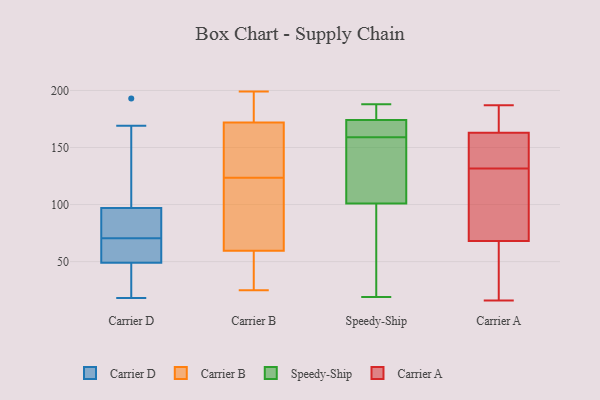
{"axis": {"x": "Conversion Rate (%)", "y": "Value"}, "legend": ["Carrier A", "Carrier B", "Carrier D", "Speedy-Ship"], "data": [{"x": "", "y": 93, "type": "Carrier D"}, {"x": "", "y": 61, "type": "Carrier D"}, {"x": "", "y": 78, "type": "Carrier D"}, {"x": "", "y": 193, "type": "Carrier D"}, {"x": "", "y": 49, "type": "Carrier D"}, {"x": "", "y": 63, "type": "Carrier D"}, {"x": "", "y": 97, "type": "Carrier D"}, {"x": "", "y": 18, "type": "Carrier D"}, {"x": "", "y": 169, "type": "Carrier D"}, {"x": "", "y": 27, "type": "Carrier D"}, {"x": "", "y": 193, "type": "Carrier B"}, {"x": "", "y": 146, "type": "Carrier B"}, {"x": "", "y": 61, "type": "Carrier B"}, {"x": "", "y": 100, "type": "Carrier B"}, {"x": "", "y": 25, "type": "Carrier B"}, {"x": "", "y": 179, "type": "Carrier B"}, {"x": "", "y": 139, "type": "Carrier B"}, {"x": "", "y": 108, "type": "Carrier B"}, {"x": "", "y": 30, "type": "Carrier B"}, {"x": "", "y": 199, "type": "Carrier B"}, {"x": "", "y": 58, "type": "Carrier B"}, {"x": "", "y": 165, "type": "Carrier B"}, {"x": "", "y": 156, "type": "Speedy-Ship"}, {"x": "", "y": 169, "type": "Speedy-Ship"}, {"x": "", "y": 178, "type": "Speedy-Ship"}, {"x": "", "y": 147, "type": "Speedy-Ship"}, {"x": "", "y": 174, "type": "Speedy-Ship"}, {"x": "", "y": 188, "type": "Speedy-Ship"}, {"x": "", "y": 101, "type": "Speedy-Ship"}, {"x": "", "y": 162, "type": "Speedy-Ship"}, {"x": "", "y": 19, "type": "Speedy-Ship"}, {"x": "", "y": 182, "type": "Speedy-Ship"}, {"x": "", "y": 156, "type": "Speedy-Ship"}, {"x": "", "y": 89, "type": "Speedy-Ship"}, {"x": "", "y": 164, "type": "Speedy-Ship"}, {"x": "", "y": 44, "type": "Speedy-Ship"}, {"x": "", "y": 181, "type": "Carrier A"}, {"x": "", "y": 68, "type": "Carrier A"}, {"x": "", "y": 168, "type": "Carrier A"}, {"x": "", "y": 113, "type": "Carrier A"}, {"x": "", "y": 163, "type": "Carrier A"}, {"x": "", "y": 59, "type": "Carrier A"}, {"x": "", "y": 151, "type": "Carrier A"}, {"x": "", "y": 134, "type": "Carrier A"}, {"x": "", "y": 159, "type": "Carrier A"}, {"x": "", "y": 182, "type": "Carrier A"}, {"x": "", "y": 86, "type": "Carrier A"}, {"x": "", "y": 23, "type": "Carrier A"}, {"x": "", "y": 16, "type": "Carrier A"}, {"x": "", "y": 187, "type": "Carrier A"}, {"x": "", "y": 162, "type": "Carrier A"}, {"x": "", "y": 58, "type": "Carrier A"}, {"x": "", "y": 85, "type": "Carrier A"}, {"x": "", "y": 129, "type": "Carrier A"}]}